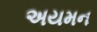
અયમન